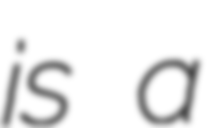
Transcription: is a